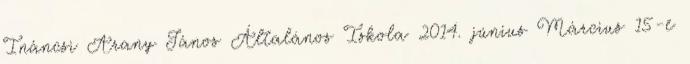
Ináncsi Arany János Általános Iskola 2014. június Március 15-e